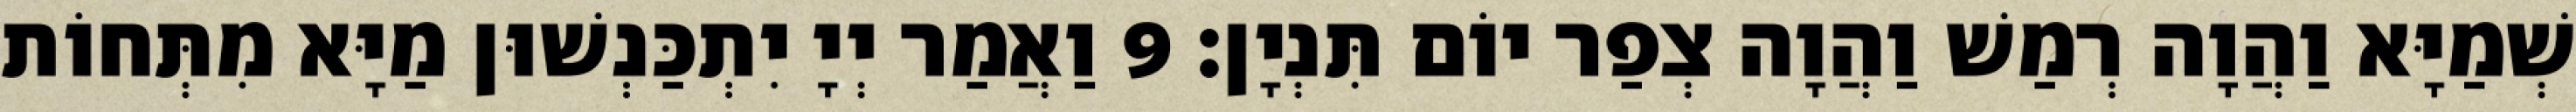
שְׁמַיָּא וַהֲוָה רְמַשׁ וַהֲוָה צְפַר יוֹם תִּנְיָן׃ 9 וַאֲמַר יְיָ יִתְכַּנְשׁוּן מַיָּא מִתְּחוֹת